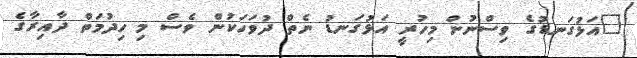
"އަޅުގަނޑުގެ ވިސްނުން މިހުރީ އަޅުގަނޑު ނެތް ދުވަހަކުން ވެސް މި ހިދުމަތް ދާއިރާގެ